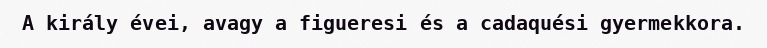
A király évei, avagy a figueresi és a cadaquési gyermekkora.